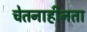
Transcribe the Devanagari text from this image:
चेतनाहीनता